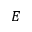
E